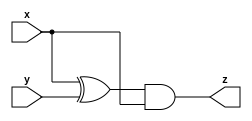
module A (input x, input y, output z);
    assign z = (x^y)&x;
endmodule

module B ( input x, input y, output z );
    assign z = ~(x^y);
endmodule


module top_module (input x, input y, output z);
    wire w1, w2;
    wire op_1, op_2;
    A inst1(x, y, w1);
    B inst2(x, y, w2);
    assign op_1 = w1|w2;
    assign op_2 = w1&w2;
    assign z = op_1^op_2;
endmodule